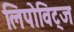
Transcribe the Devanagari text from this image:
लिपोविट्ज